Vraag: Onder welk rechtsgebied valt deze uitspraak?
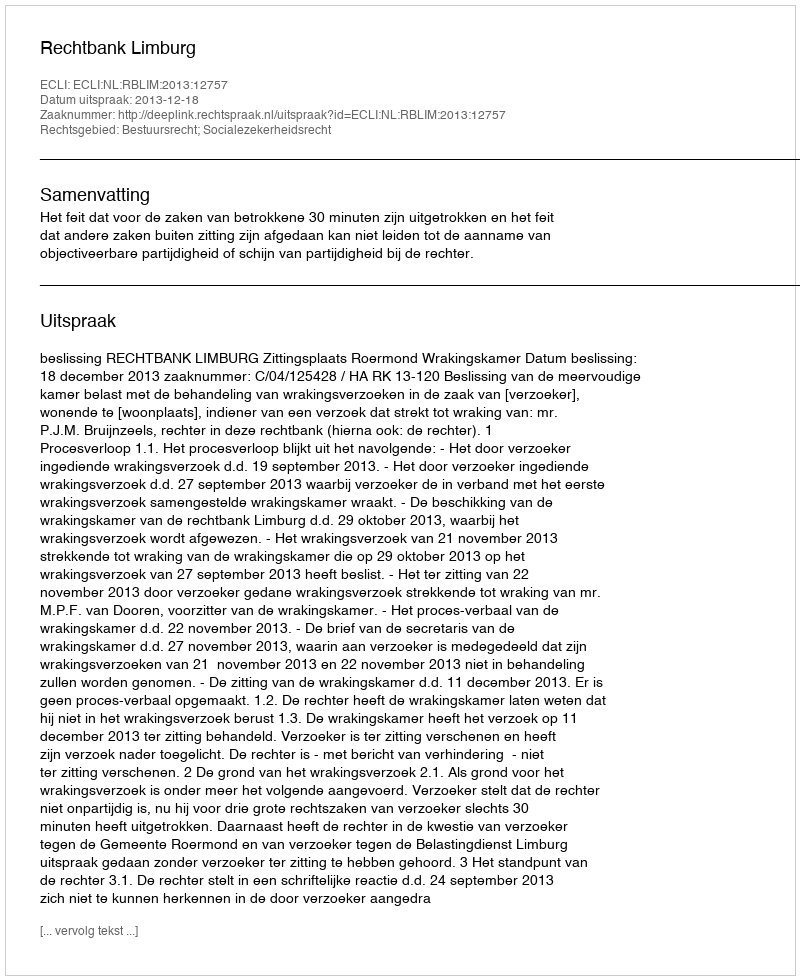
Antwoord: Bestuursrecht; Socialezekerheidsrecht